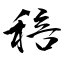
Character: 稖